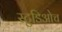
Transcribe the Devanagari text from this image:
स्टुडिओच